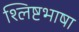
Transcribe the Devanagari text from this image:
श्लिष्टभाषा